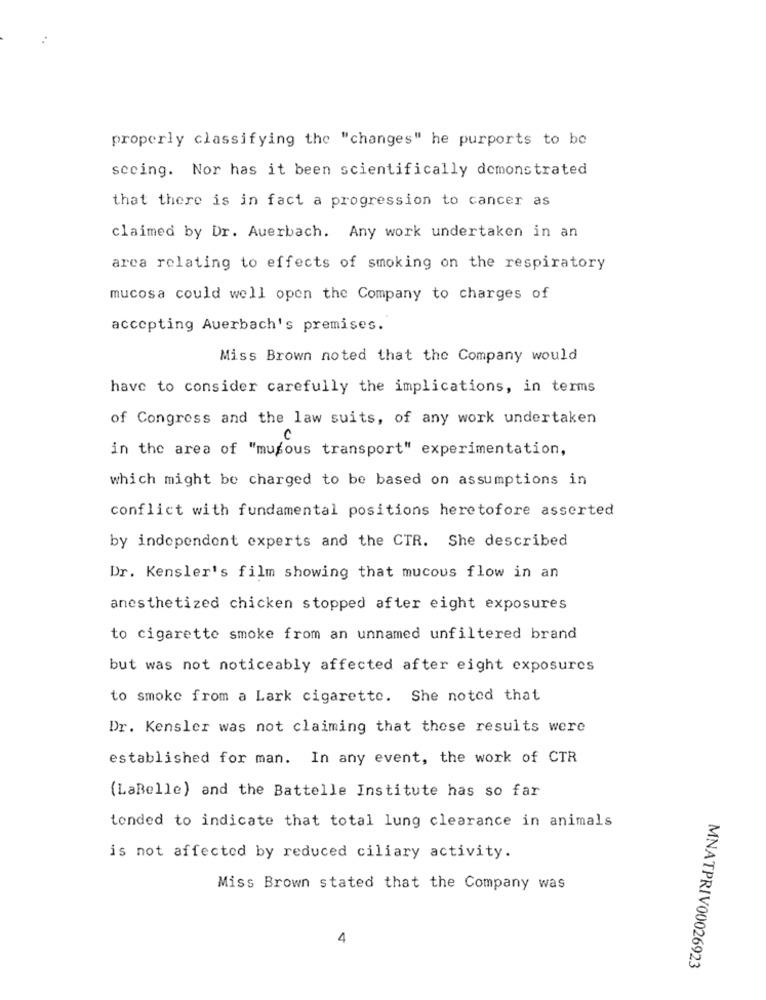
properly classifying the "changes" he purports to be
seeing. Nor has it been scientifically demonstrated
that there is in fact a progression to cancer as
claimed by Dr. Auerbach. Any work undertaken in an
arca relating to effects of smoking on the respiratory
mucosa could well open the Company to charges of
accepting Auerbach's premises.
Miss Brown noted that the Company would
have to consider carefully the implications, in terms
of Congress and the law suits, of any work undertaken
0
in the area of "musous transport" experimentation,
which might be charged to be based on assumptions in
conflict with fundamental positions heretofore asserted
by independent experts and the CTR. She described
Dr. Kensler's film showing that mucous flow in an
anesthetized chicken stopped after eight exposures
to cigarette smoke from an unnamed unfiltered brand
but was not noticeably affected after eight exposures
to smoke from a Lark cigarette. She noted that
Dr. Kensler was not claiming that these results were
established for man. In any event, the work of CTR
(LaBelle) and the Battelle Institute has so far
tended to indicate that total lung clearance in animals
is not affected by reduced ciliary activity.
Miss Brown stated that the Company was
4
MNATPRIV00026923